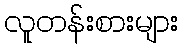
လူတန်းစားများ